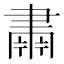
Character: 𮌆